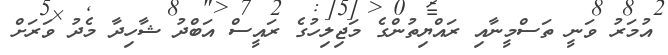
އުމަރު ވަނީ ތަސްމީނާއި ރައްޔިތުންގެ މަޖިލިހުގެ ރައީސް އަބްދު ޝާހިދާ މެދު ވަރަށް